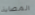
المصابة